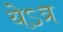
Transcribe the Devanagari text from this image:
येऽत्र